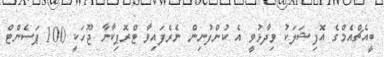
ބީއެޗްއެމްގެ އޮފިޝަލަކު ވިދާޅުވީ އެ ކުންފުނިން ނެރެފައިވާ ޓްރޮޕިކާނާ ޖޫހަކީ 100 ޕަސެންޓް